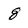
Character: 8